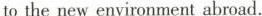
to the new environment abroad.